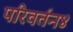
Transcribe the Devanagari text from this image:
परिवर्तन४